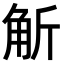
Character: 𧣊